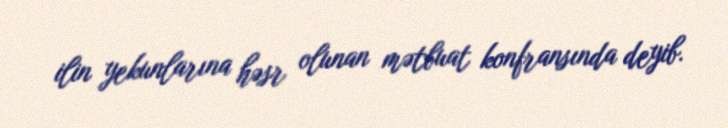
ilin yekunlarına həsr olunan mətbuat konfransında deyib.